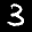
Label: 3